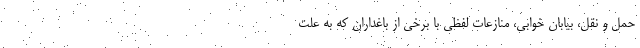
حمل و نقل، بیابان خوابی، منازعات لفظی با برخی از باغداران که به علت